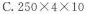
C.250 \times 4 \times 10